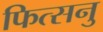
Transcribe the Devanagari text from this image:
फित्सनु